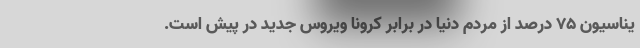
یناسیون 75 درصد از مردم دنیا در برابر کرونا ویروس جدید در پیش است.